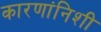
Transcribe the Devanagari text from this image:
कारणांनिशी